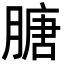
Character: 膅